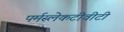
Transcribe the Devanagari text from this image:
पर्मस्लेकटीवीटी